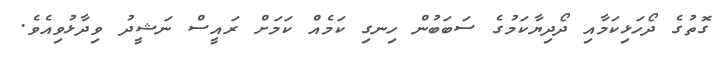
ގޮތުގެ ދޯހަޅިކަމާއި ދޯދިޔާކަމުގެ ސަބަބުން ހިނގި ކަމެއް ކަމަށް ރައީސް ނަޝީދު ވިދާޅުވިއެވެ.